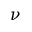
\nu